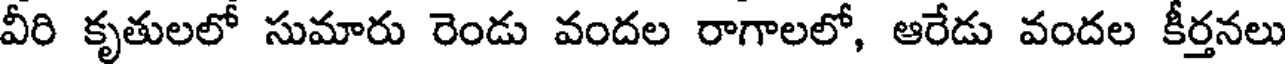
వీరి కృతులలో సుమారు రెండు వందల రాగాలలో, ఆరేడు వందల కీర్తనలు